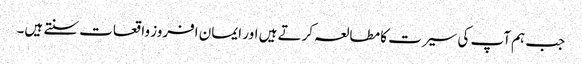
جب ہم آپ کی سیرت کا مطالعہ کرتے ہیں اور ایمان افروز واقعات سنتے ہیں۔